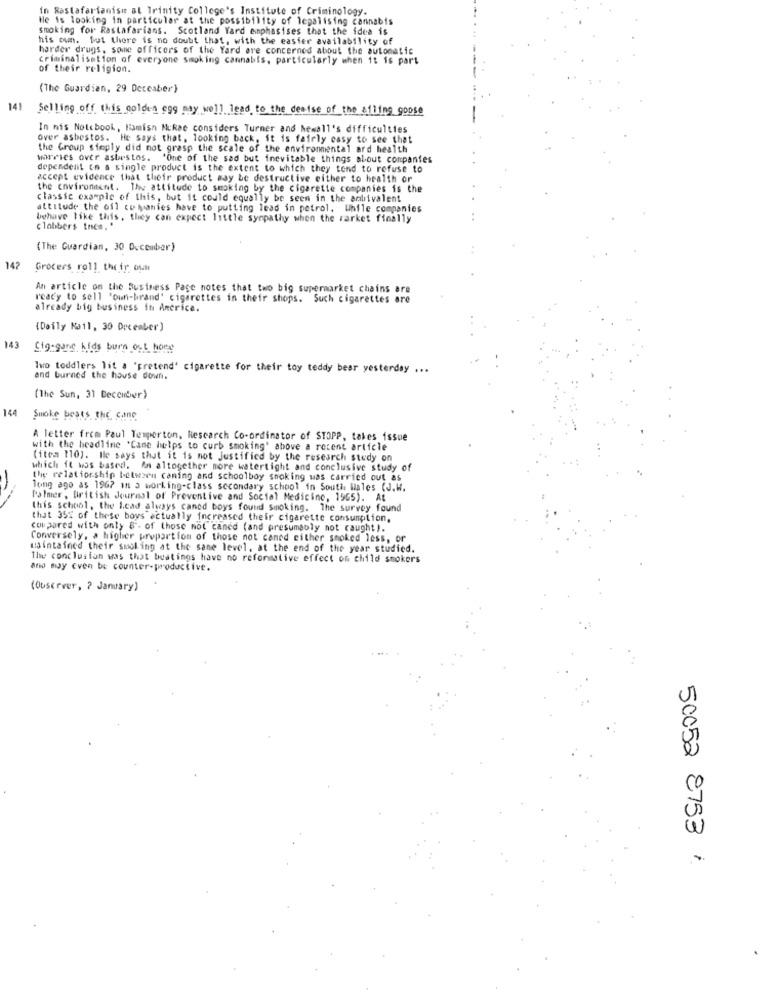
In Rastafarianisu at Trinity College's Institute of Criminology.
He is looking in particular at the possibility of legalising cannabis
smoking for Rastafarians. Scotland Yard emphasises that the idea is
his com. but there is no doubt that, with the easier availability of
harder drugs, some officers of the Yard are concerned about the automatic
criminalisation of everyone smoking cannabis, particularly when it is part
of their religion.
(The Guardian, 29 Detcaber)
141
Selling off this golden egg may well lead to the desise of the ailing goose
In nis Notebook, Hamish Mukae considers Turner and Mewall's difficulties
over asbestos. He says that, looking back, it is fairly easy to see that
the Group simply did not grasp the scale of the enviromental ard health
'One of the sad but inevitable things about companies
dependent on a single product is the extent to which they tend to refuse to
accept evidence that their product may be destructive either to health or
the environment. The attitude to smoking by the cigarette companies is the
classic example of this, but it could equally be seen in the ambivalent
attitude the oil companies have to putting lead in petrol. While companies
behave like this, they can expect little sympathy when the rarket finally
clabbers tnes."
(The Guardian, 30 D.comber)
142
Grocers roll their own
An article on the Business Page notes that two big supermarket chains are
ready to sell 'own-brand' cigarettes in their shops. Such cigarettes are
already big business in Ancrica.
(Daily Mail, 30 December)
143
Sig:gane kids burn out hope
Iwo toddlers lit a 'pretend' cigarette for their toy teddy bear yesterday ...
and burned the house down.
(The Sun, 31 December)
144
Smoke beats the cane
A letter from Paul Temperton, Research Co-ordinator of STOPP, takes issue
with the headline 'Came helps to curb smoking" above a recent article
(itea 110). Ile says that it is not Justified by the research study on
which it was based. An altogether more watertight and conclusive study of
the relationship between caning and schoolboy smoking was carried out as
long ago as 1967 in a working-class secondary school in South Wales (J.W.
Palmer, British Journal of Preventive and Social Medicine, 1965). At
this school, the Lead always caned boys found Smoking. The survey found
that 35% of these boys actually increased their cigarette consumption.
compared with onty 6. of those not caned (and presumably not caught).
Conversely, a higher proportion of those not caned either smoked less, or
maintained their smoking at the same level, at the end of the year studied.
The conclusion was that beatings have no reformative effect on child smokers
and my even be counter-productive.
(Ouserver, ? January)
50052 2753 :